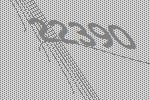
22390